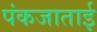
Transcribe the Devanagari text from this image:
पंकजाताई